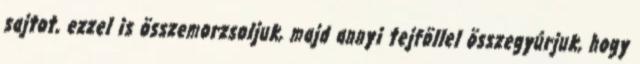
sajtot, ezzel is összemorzsoljuk, majd annyi tejföllel összegyúrjuk, hogy